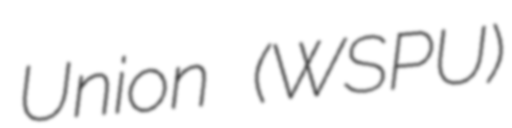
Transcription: Union (WSPU)